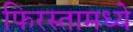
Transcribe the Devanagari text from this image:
फिरस्तामध्ये